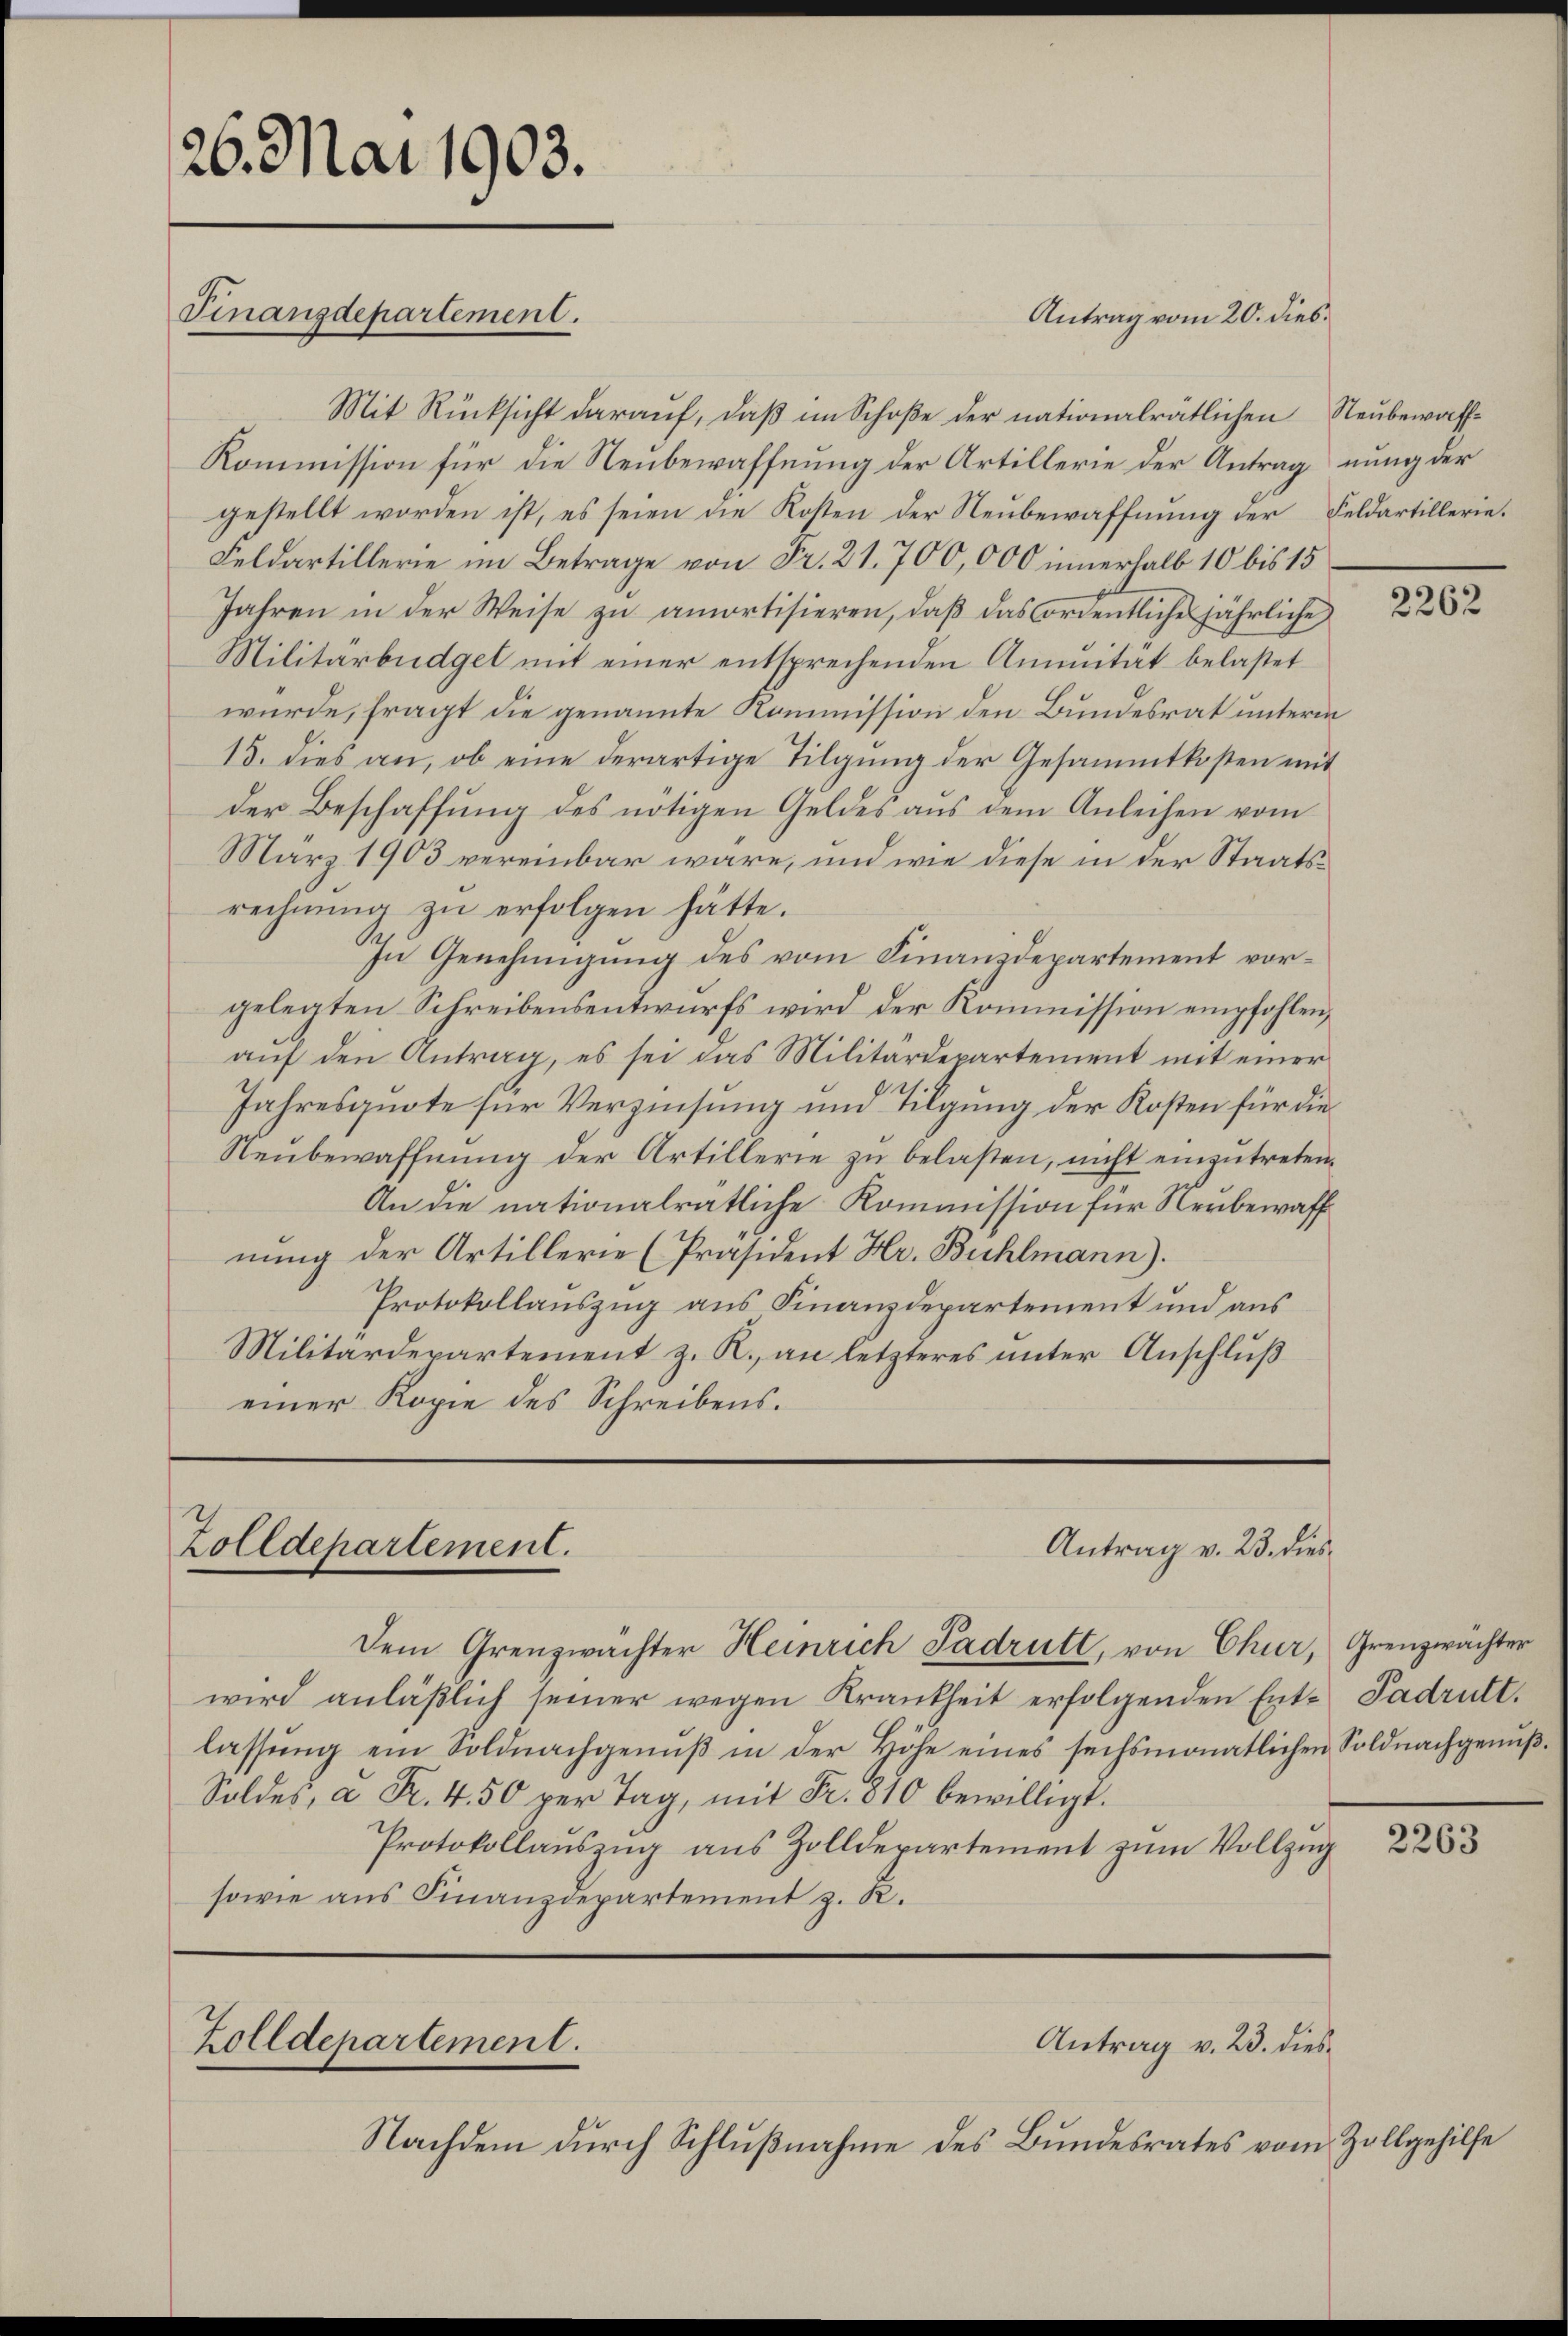
26. Mai 1903.
Finanzdepartement.

Mit Rücksicht darauf, daß im Schoße der nationalrätlichen Neubewaff¬
Kommission für die Neubewaffnung der Artillerie der Antragnung der
gestellt worden ist, es seien die Kosten der Neubewaffnung der Feldartillerie.
Feldartillerie im Betrage von Fr. 21. 700,000 innerhalb 10 bis 15
Jahren in der Weise zu amortisieren, daß das ordentliche jährliche
Militärbüdget mit einer entsprechenden Annuität belastet
würde, fragt die genannte Kommission den Bundesrat unterm
15. dies an, ob eine derartige Tilgung der Gesammtkosten mit
der Beschaffung des nötigen Geldes aus dem Anleihen vom
März 1903 vereinbar wäre, und wie diese in der Staatsrechnung zu erfolgen hätte.
In Genehmigung des vom Finanzdepartement vorgelegten Schreibensentwurfs wird der Kommission empfohlen,
auf den Antrag, es sei das Militärdepartement mit einer
Jahresquote für Verzinsung und Tilgung der Kosten für die
Neubewaffnung der Artillerie zu belasten, nicht einzutreten¬
An die nationalratliche Kommission für Neubewaff
nung der Artillerie [Präsident Hr. Bühlmann).
Protokollauszug aus Finanzdepartement und aus
Militärdepartement z. R., an letzteres unter Anschluß
einer Kopie des Schreibens.

Antrag v. 23. dies
Zolldepartement.

Zolldepartement.

Antrag vom 20. dies¬

Dem Grenzwächter Heinrich Padrutt, von Chur, Grenzwächter
wird anläßlich seiner wegen Krankheit erfolgenden Ent- Padritt.
lassung ein Soldnachgenuß in der Höhe eines sechsmonatlichen Soldnachgenuß¬
Soldes, à Fr. 4. 50 per Tag, mit Fr. 810 bewilligt.
Protokollauszug aus Zolldepartement zum Vollzug
sowie aus Finanzdepartement z. R.

Antrag v. 23. dies

Nachdem durch Schlußnahme des Bundesrates vom Zollgehilfe

2262

2263